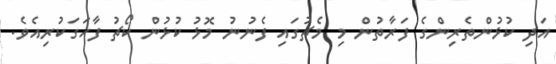
އަދި ކުޅުންތެރިންގެ ފަރާތުން މި މެޗުގައި ފެނުނު މޮޅު ކުޅުން ކޯޗު ފާހަގަކުރިއެވެ.